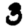
Digit: 3